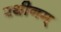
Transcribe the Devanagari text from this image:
रथीनम्